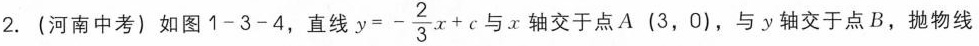
2. (河南中考)如图1-3-4，直线 $$y=- \frac{2}{3}x+c$$ 与x轴交于点A(3，0)，与y轴交于点B，抛物线